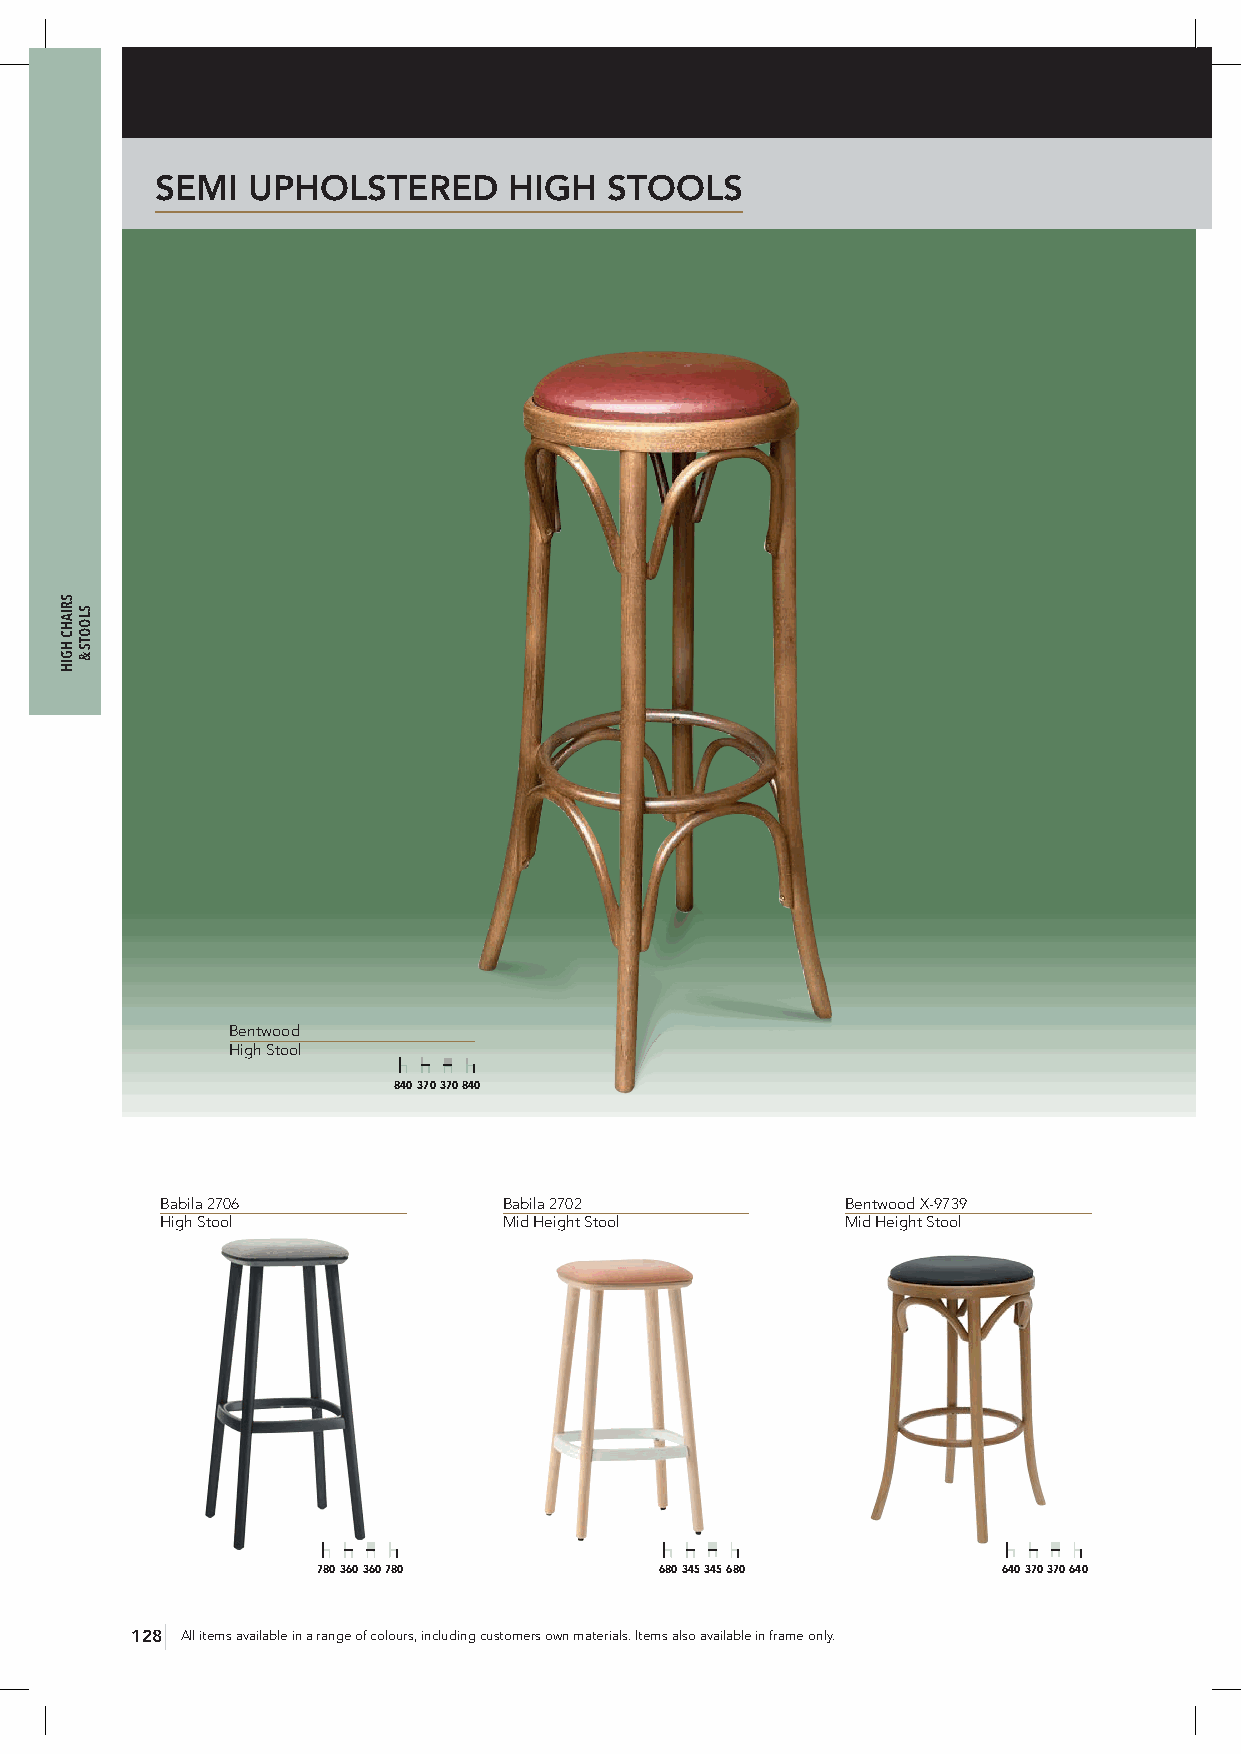
SEMI  UPHOLSTERED       HIGH  STOOLS
 Bentwood
 High Stool
 840 370 370 840
 Babila 2706           Babila 2702            Bentwood X-9739
 High Stool            Mid Height Stool       Mid Height Stool
 780 360 360 780        680 345 345 680       640 370 370 640
 128 All items available in a range of colours, including customers own materials. Items also available in frame only.
 SRIAHC
 HGIH
 SLOOTS
 &